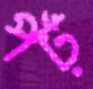
পঁঢ়